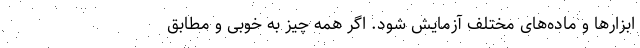
ابزارها و ماده‌های مختلف آزمایش شود. اگر همه چیز به خوبی و مطابق